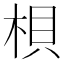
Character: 梖